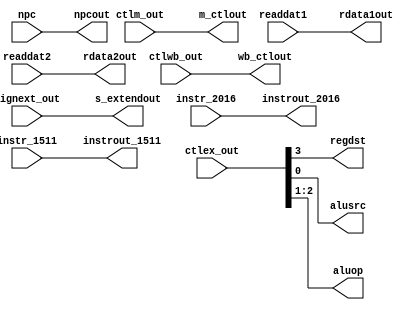
/*   id_ex.v  */
module id_ex(
	input		wire 	[1:0]		ctlwb_out,
	input		wire 	[2:0]		ctlm_out,
	input		wire 	[3:0]		ctlex_out,
	input		wire 	[31:0]		npc, readdat1, readdat2, signext_out,
	input		wire	[4:0]		instr_2016, instr_1511,
	output	reg	[1:0]		wb_ctlout,
	output	reg	[2:0]		m_ctlout,
	output	reg			regdst, alusrc,
	output	reg	[1:0]		aluop, 
	output	reg 	[31:0]		npcout, rdata1out, rdata2out, s_extendout,
	output	reg	[4:0]		instrout_2016, instrout_1511 
);
		
initial 
begin
      //Assign 0's to everything
  		wb_ctlout 	<= 0; 
	  	m_ctlout  	<= 0;
	  	regdst    	<= 0;
	  	aluop     	<= 0; 
	  	alusrc    	<= 0; 
	  	npcout    	<= 0;
	  	rdata1out 	<= 0;
	  	rdata2out 	<= 0;
	  	s_extendout     <= 0;
		  instrout_2016 <= 0; 
		  instrout_1511 <= 0;
end

always @ * 
begin
     //Wire the inputs to the outputs corresponding outputs
 		 #1
	 	 wb_ctlout      <= ctlwb_out;
		 m_ctlout 	<= ctlm_out;
		 regdst 	<= ctlex_out[3];
		 aluop 		<= ctlex_out[2:1];
		 alusrc 	<= ctlex_out[0];
		 npcout 	<= npc;
		 rdata1out 	<= readdat1;
		 rdata2out 	<= readdat2;
		 s_extendout 	<= signext_out;
		 instrout_2016  <= instr_2016;
		 instrout_1511  <= instr_1511;
end

endmodule //id_ex